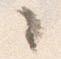
々